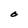
Character: O